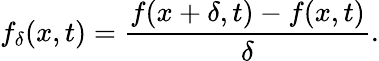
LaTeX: f_{\delta}(x,t)={\frac{f(x+\delta,t)-f(x,t)}{\delta}}.